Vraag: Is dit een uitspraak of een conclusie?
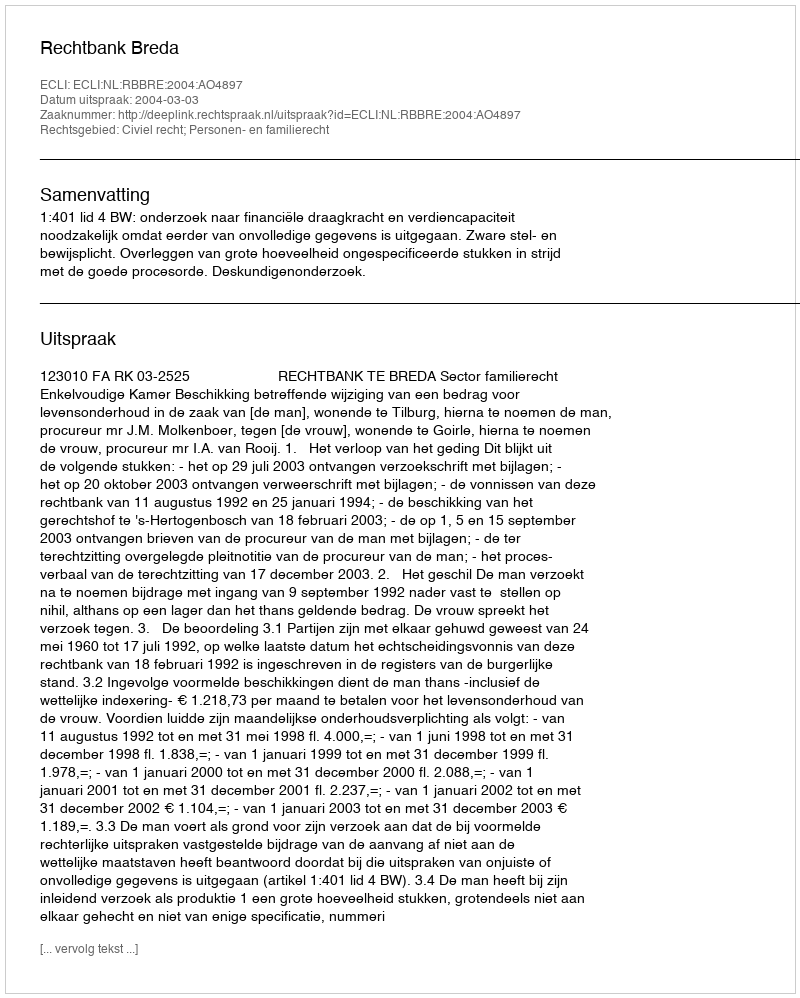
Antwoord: Uitspraak